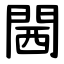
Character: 閪